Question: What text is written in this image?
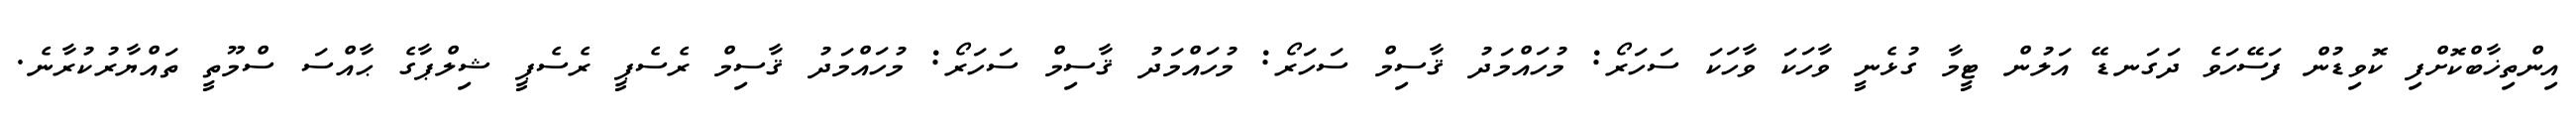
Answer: އިންތިޚާބްކޮށްފި ކޮވިޑުން ފަސޭހަވެ ދަގަނޑޭ އަލުން ޓީމާ ގުޅެނީ ވާހަކަ ވާހަކަ ސަހަރޯ: މުހައްމަދު ޤާސިމް ސަހަރޯ: މުހައްމަދު ޤާސިމް ސަހަރޯ: މުހައްމަދު ޤާސިމް ރެސެޕީ ރެސެޕީ ޝިލްޕާގެ ޙާއްސަ ސްމޫތީ ތައްޔާރުކުރާނެ.